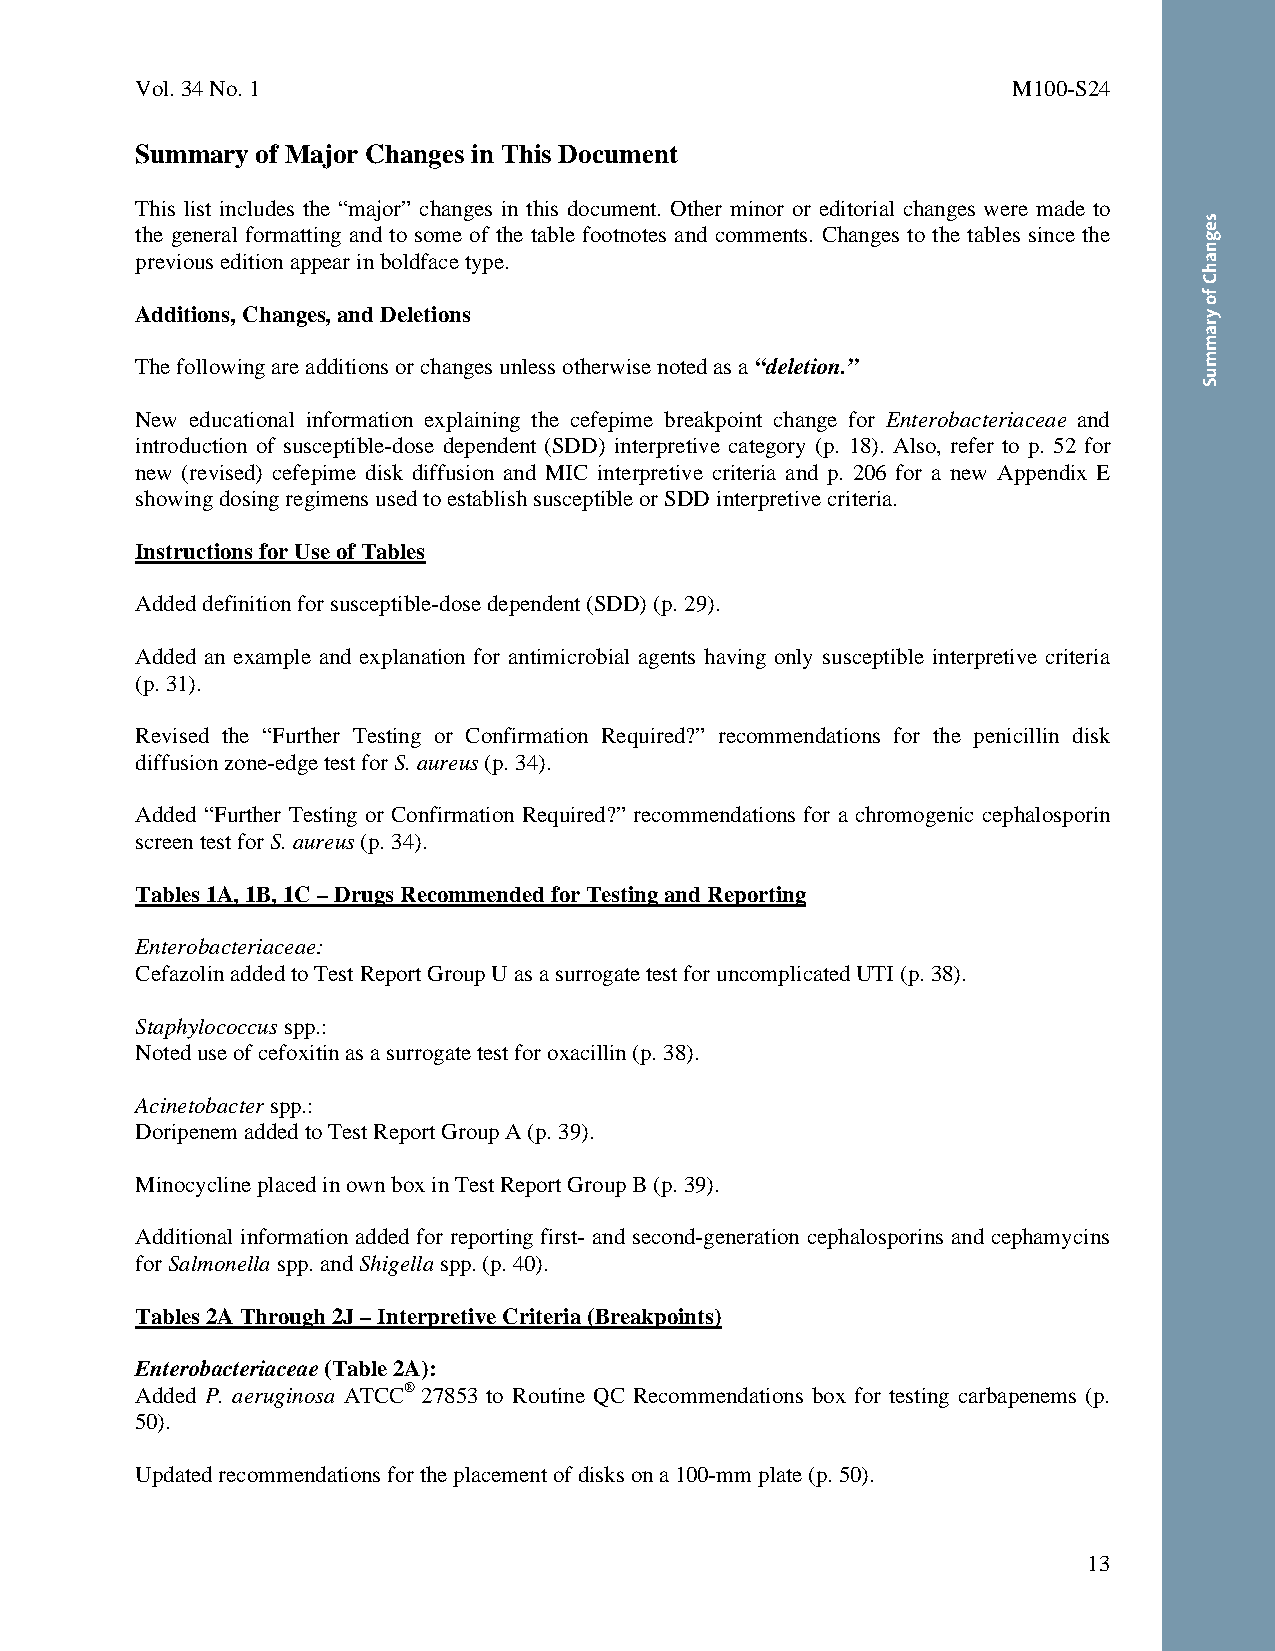
Vol. 34 No. 1                                             M100-S24
 Summary of Major Changes in This Document
 This list includes the “major” changes in this document. Other minor or editorial changes were made to
 the general formatting and to some of the table footnotes and comments. Changes to the tables since the
 previous edition appear in boldface type.
 Additions, Changes, and Deletions
 The following are additions or changes unless otherwise noted as a “deletion.”
 New educational information explaining the cefepime breakpoint change for Enterobacteriaceae and
 introduction of susceptible-dose dependent (SDD) interpretive category (p. 18). Also, refer to p. 52 for
 new (revised) cefepime disk diffusion and MIC interpretive criteria and p. 206 for a new Appendix E
 showing dosing regimens used to establish susceptible or SDD interpretive criteria.
 Instructions for Use of Tables
 Added definition for susceptible-dose dependent (SDD) (p. 29).
 Added an example and explanation for antimicrobial agents having only susceptible interpretive criteria
 (p. 31).
 Revised the “Further Testing or Confirmation Required?” recommendations for the penicillin disk
 diffusion zone-edge test for S. aureus (p. 34).
 Added “Further Testing or Confirmation Required?” recommendations for a chromogenic cephalosporin
 screen test for S. aureus (p. 34).
 Tables 1A, 1B, 1C – Drugs Recommended for Testing and Reporting
 Enterobacteriaceae:
 Cefazolin added to Test Report Group U as a surrogate test for uncomplicated UTI (p. 38).
 Staphylococcus spp.:
 Noted use of cefoxitin as a surrogate test for oxacillin (p. 38).
 Acinetobacter spp.:
 Doripenem added to Test Report Group A (p. 39).
 Minocycline placed in own box in Test Report Group B (p. 39).
 Additional information added for reporting first- and second-generation cephalosporins and cephamycins
 for Salmonella spp. and Shigella spp. (p. 40).
 Tables 2A Through 2J – Interpretive Criteria (Breakpoints)
 Enterobacteriaceae (Table 2A):
 Added P. aeruginosa ATCC® 27853 to Routine QC Recommendations box for testing carbapenems (p.
 50).
 Updated recommendations for the placement of disks on a 100-mm plate (p. 50).
 13
 Thisdocumentisprotectedbycopyright.
 PublishedOn1/1/2014.
 segnahC
 fo
 yrammuS